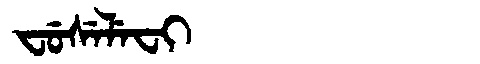
Manchu: ᠸᡠᠰᡝᠯᡝᠸᡳ
Romanization: FUSELEFI